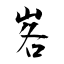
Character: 峉